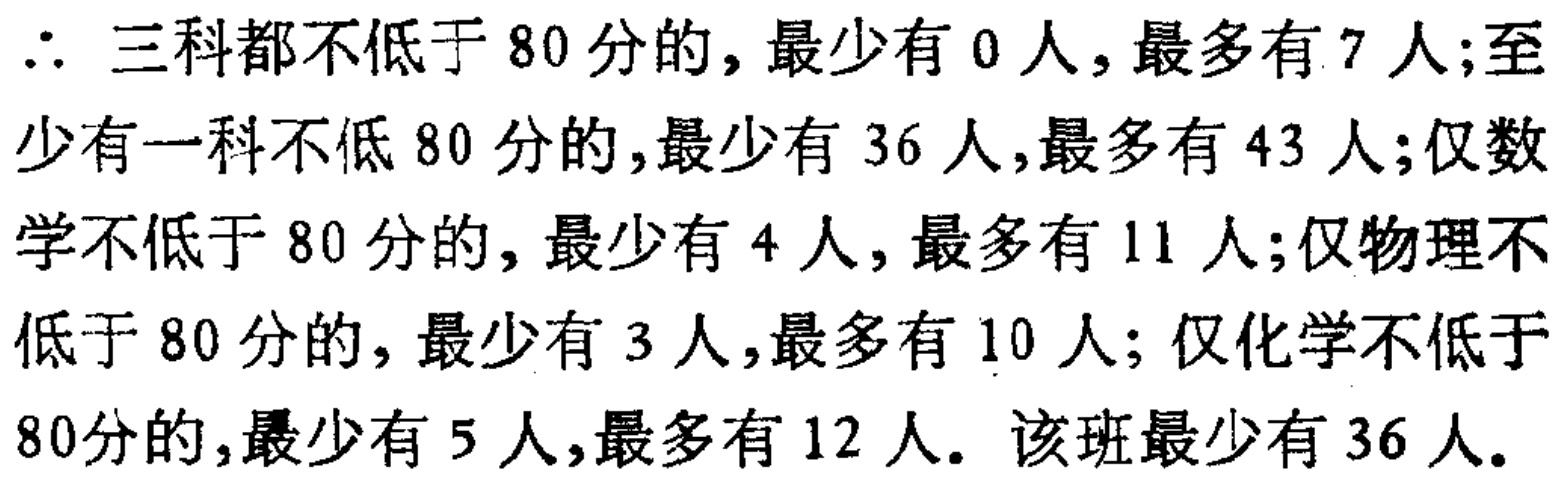
$\therefore$ 三科都不低于 80 分的, 最少有 0 人, 最多有 7 人; 至少有一科不低 80 分的,最少有 36 人,最多有 43 人; 仅数学不低于 80 分的, 最少有 4 人, 最多有 11 人; 仅物理不低于 80 分的, 最少有 3 人, 最多有 10 人; 仅化学不低于80分的, 最少有 5 人,最多有 12 人. 该班最少有 36 人.